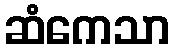
ဆံကေသာ